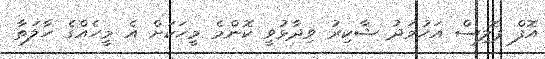
އޮފް ޕޮލިސް އަހުމަދު ޝާކިރު ވިދާޅުވީ ކޮންމެ މީހަކަށް އެ މީހެއްގެ ހާލަތާ